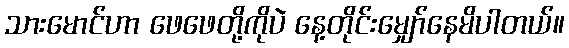
သားမောင်ဟာ ဖေဖေတို့ကိုပဲ နေ့တိုင်းမျှော်နေမိပါတယ်။